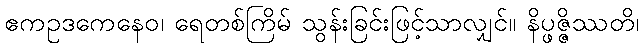
ဧကဥဒကေနေဝ၊ ရေတစ်ကြိမ် သွန်းခြင်းဖြင့်သာလျှင်။ နိပ္ဖဇ္ဇိဿတိ၊